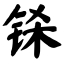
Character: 铩